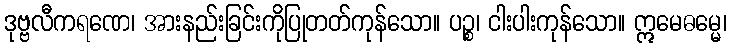
ဒုဗ္ဗလီကရဏေ၊ အားနည်းခြင်းကိုပြုတတ်ကုန်သော။ ပဉ္စ၊ ငါးပါးကုန်သော။ ဣမေဓမ္မေ၊